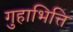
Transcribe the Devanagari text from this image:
गुहाभित्ति